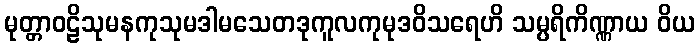
မုတ္တာဝဠိသုမနကုသုမဒါမသေတဒုကူလကုမုဒဝိသရေဟိ သမ္ပရိကိဏ္ဏာယ ဝိယ